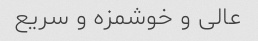
عالی و خوشمزه و سریع